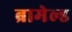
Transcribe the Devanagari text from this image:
ब्रामेल्ड